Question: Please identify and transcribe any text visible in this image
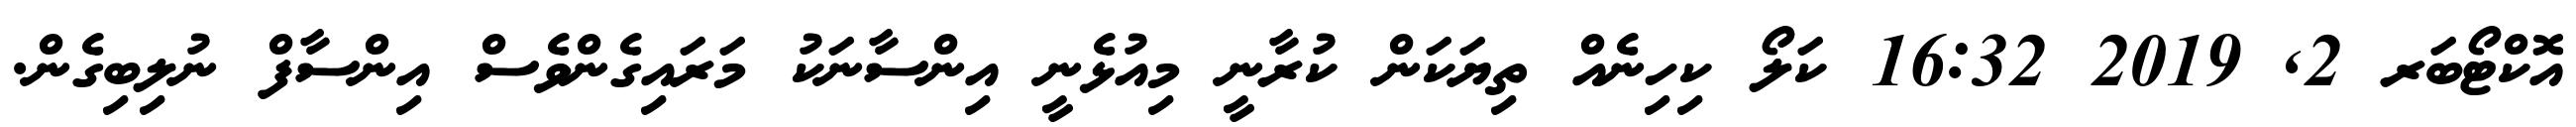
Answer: އޮކްޓޯބަރ 2, 2019 16:32 ކަލޯ ކިހިނެއް ތިޔަކަން ކުރާނީ މިއުޅެނީ އިންސާނަކު މަރައިގެންވެސް އިންސާފް ނުލިބިގެން.